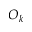
O _ { k }